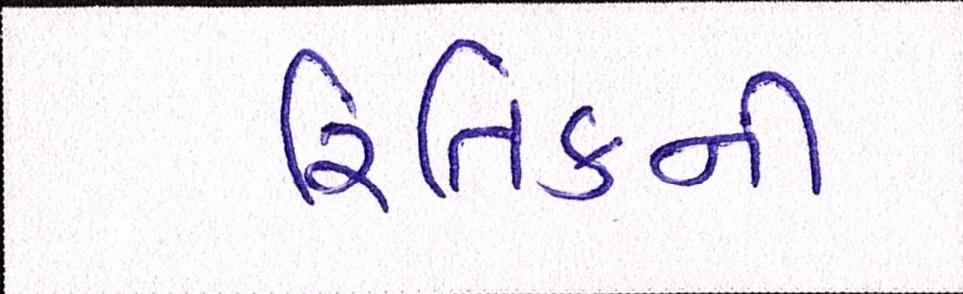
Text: રિતિકની